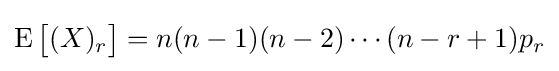
\operatorname {E} {\bigl [}(X)_{r}{\bigr ]}=n(n-1)(n-2)\cdots (n-r+1)p_{r}